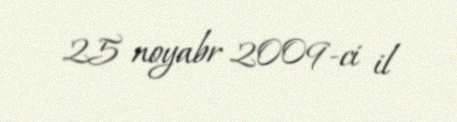
25 noyabr 2009-ci il